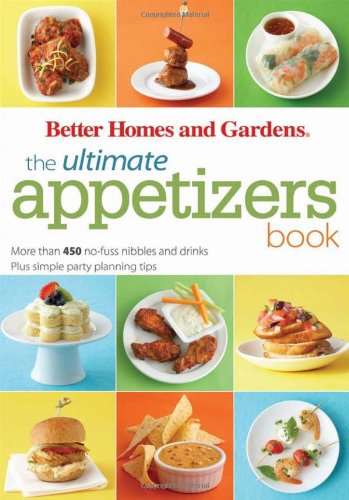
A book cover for The Ultimate Appetizers Book: More than 450 No-Fuss Nibbles and Drinks, Plus Simple Party PlanningTips (Better Homes and Gardens Ultimate); Better Homes and Gardens; Cookbooks, Food & Wine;